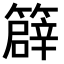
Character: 𥴬